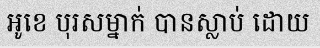
អូខេ បុរសម្នាក់ បានស្លាប់ ដោយ